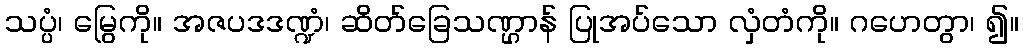
သပ္ပံ၊ မြွေကို။ အဇပဒဒဏ္ဍံ၊ ဆိတ်ခြေသဏ္ဌာန် ပြုအပ်သော လှံတံကို။ ဂဟေတွာ၊ ၍။